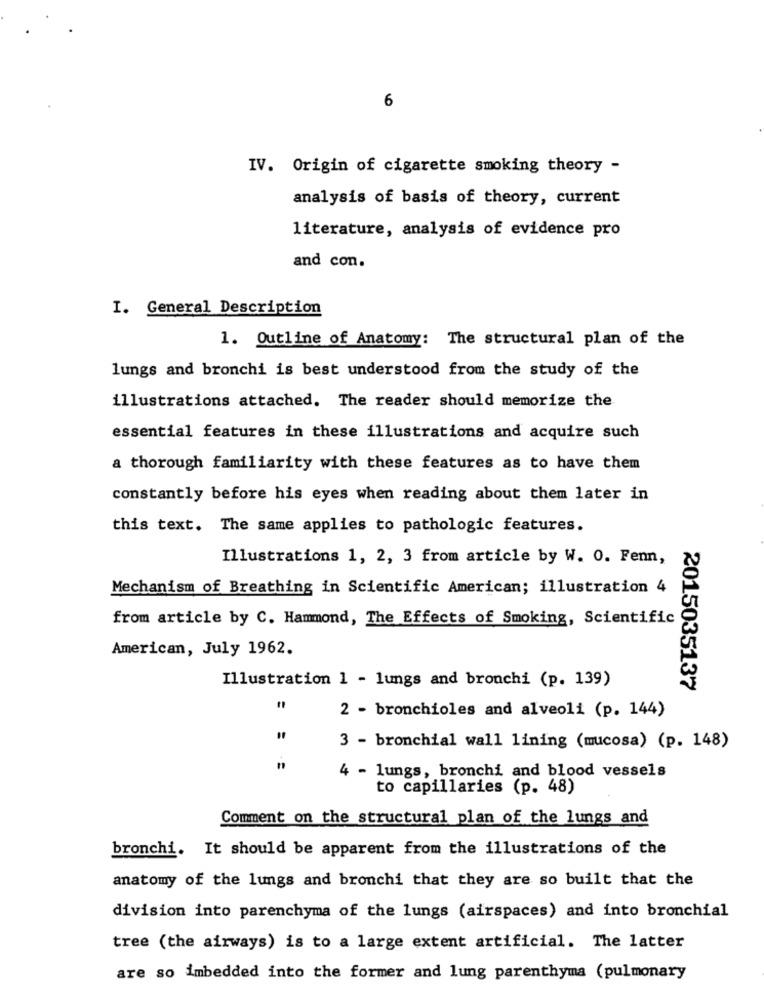
6
IV. Origin of cigarette smoking theory -
analysis of basis of theory, current
literature, analysis of evidence pro
and con.
I. General Description
1. Outline of Anatomy: The structural plan of the
lungs and bronchi is best understood from the study of the
illustrations attached. The reader should memorize the
essential features in these illustrations and acquire such
a thorough familiarity with these features as to have them
constantly before his eyes when reading about them later in
this text. The same applies to pathologic features.
Illustrations 1, 2, 3 from article by W. 0. Fenn,
Mechanism of Breathing in Scientific American; illustration 4
from article by C. Hammond, The Effects of Smoking, Scientific
American, July 1962.
Illustration 1 - lungs and bronchi (p. 139)
2015035137
2 - bronchioles and alveoli (p. 144)
3 - bronchial wall lining (mucosa) (p. 148)
4 - lungs, bronchi and blood vessels
to capillaries (p. 48)
Comment on the structural plan of the lungs and
bronchi. It should be apparent from the illustrations of the
anatomy of the lungs and bronchi that they are so built that the
division into parenchyma of the lungs (airspaces) and into bronchial
tree (the airways) is to a large extent artificial. The latter
are so imbedded into the former and lung parenthyma (pulmonary